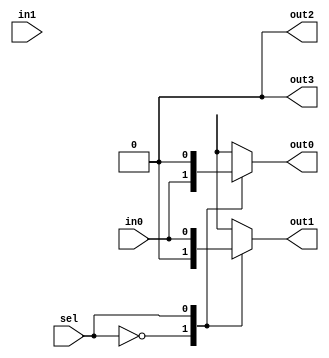
module demux_2to4 (
    input wire in0,
    input wire in1,
    input wire sel,
    output reg out0,
    output reg out1,
    output reg out2,
    output reg out3
);

always @(*) begin
    case(sel)
        2'b00: begin
            out0 = in0;
            out1 = 1'b0;
            out2 = 1'b0;
            out3 = 1'b0;
        end
        2'b01: begin
            out0 = 1'b0;
            out1 = in0;
            out2 = 1'b0;
            out3 = 1'b0;
        end
        2'b10: begin
            out0 = 1'b0;
            out1 = 1'b0;
            out2 = in0;
            out3 = 1'b0;
        end
        2'b11: begin
            out0 = 1'b0;
            out1 = 1'b0;
            out2 = 1'b0;
            out3 = in0;
        end
    endcase
end

endmodule